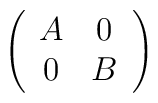
\left(\begin{array}{cc} A & 0 \\                                    0 & B \\ \end{array}\right)